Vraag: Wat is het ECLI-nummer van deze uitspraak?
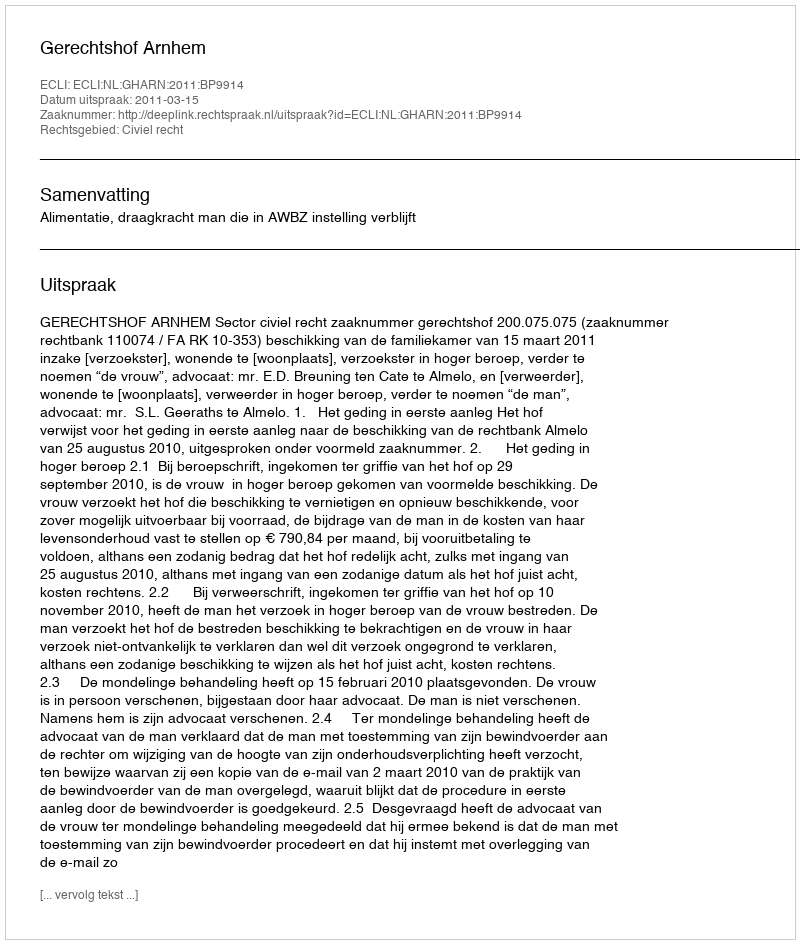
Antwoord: ECLI:NL:GHARN:2011:BP9914